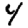
Digit: 4